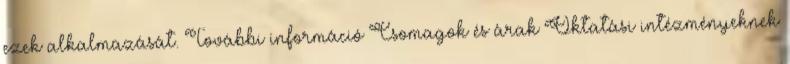
ezek alkalmazását. További információ Csomagok és árak Oktatási intézményeknek